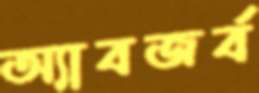
অ্যাবজর্ব